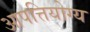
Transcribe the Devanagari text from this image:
आपत्तियोग्य